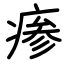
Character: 瘆